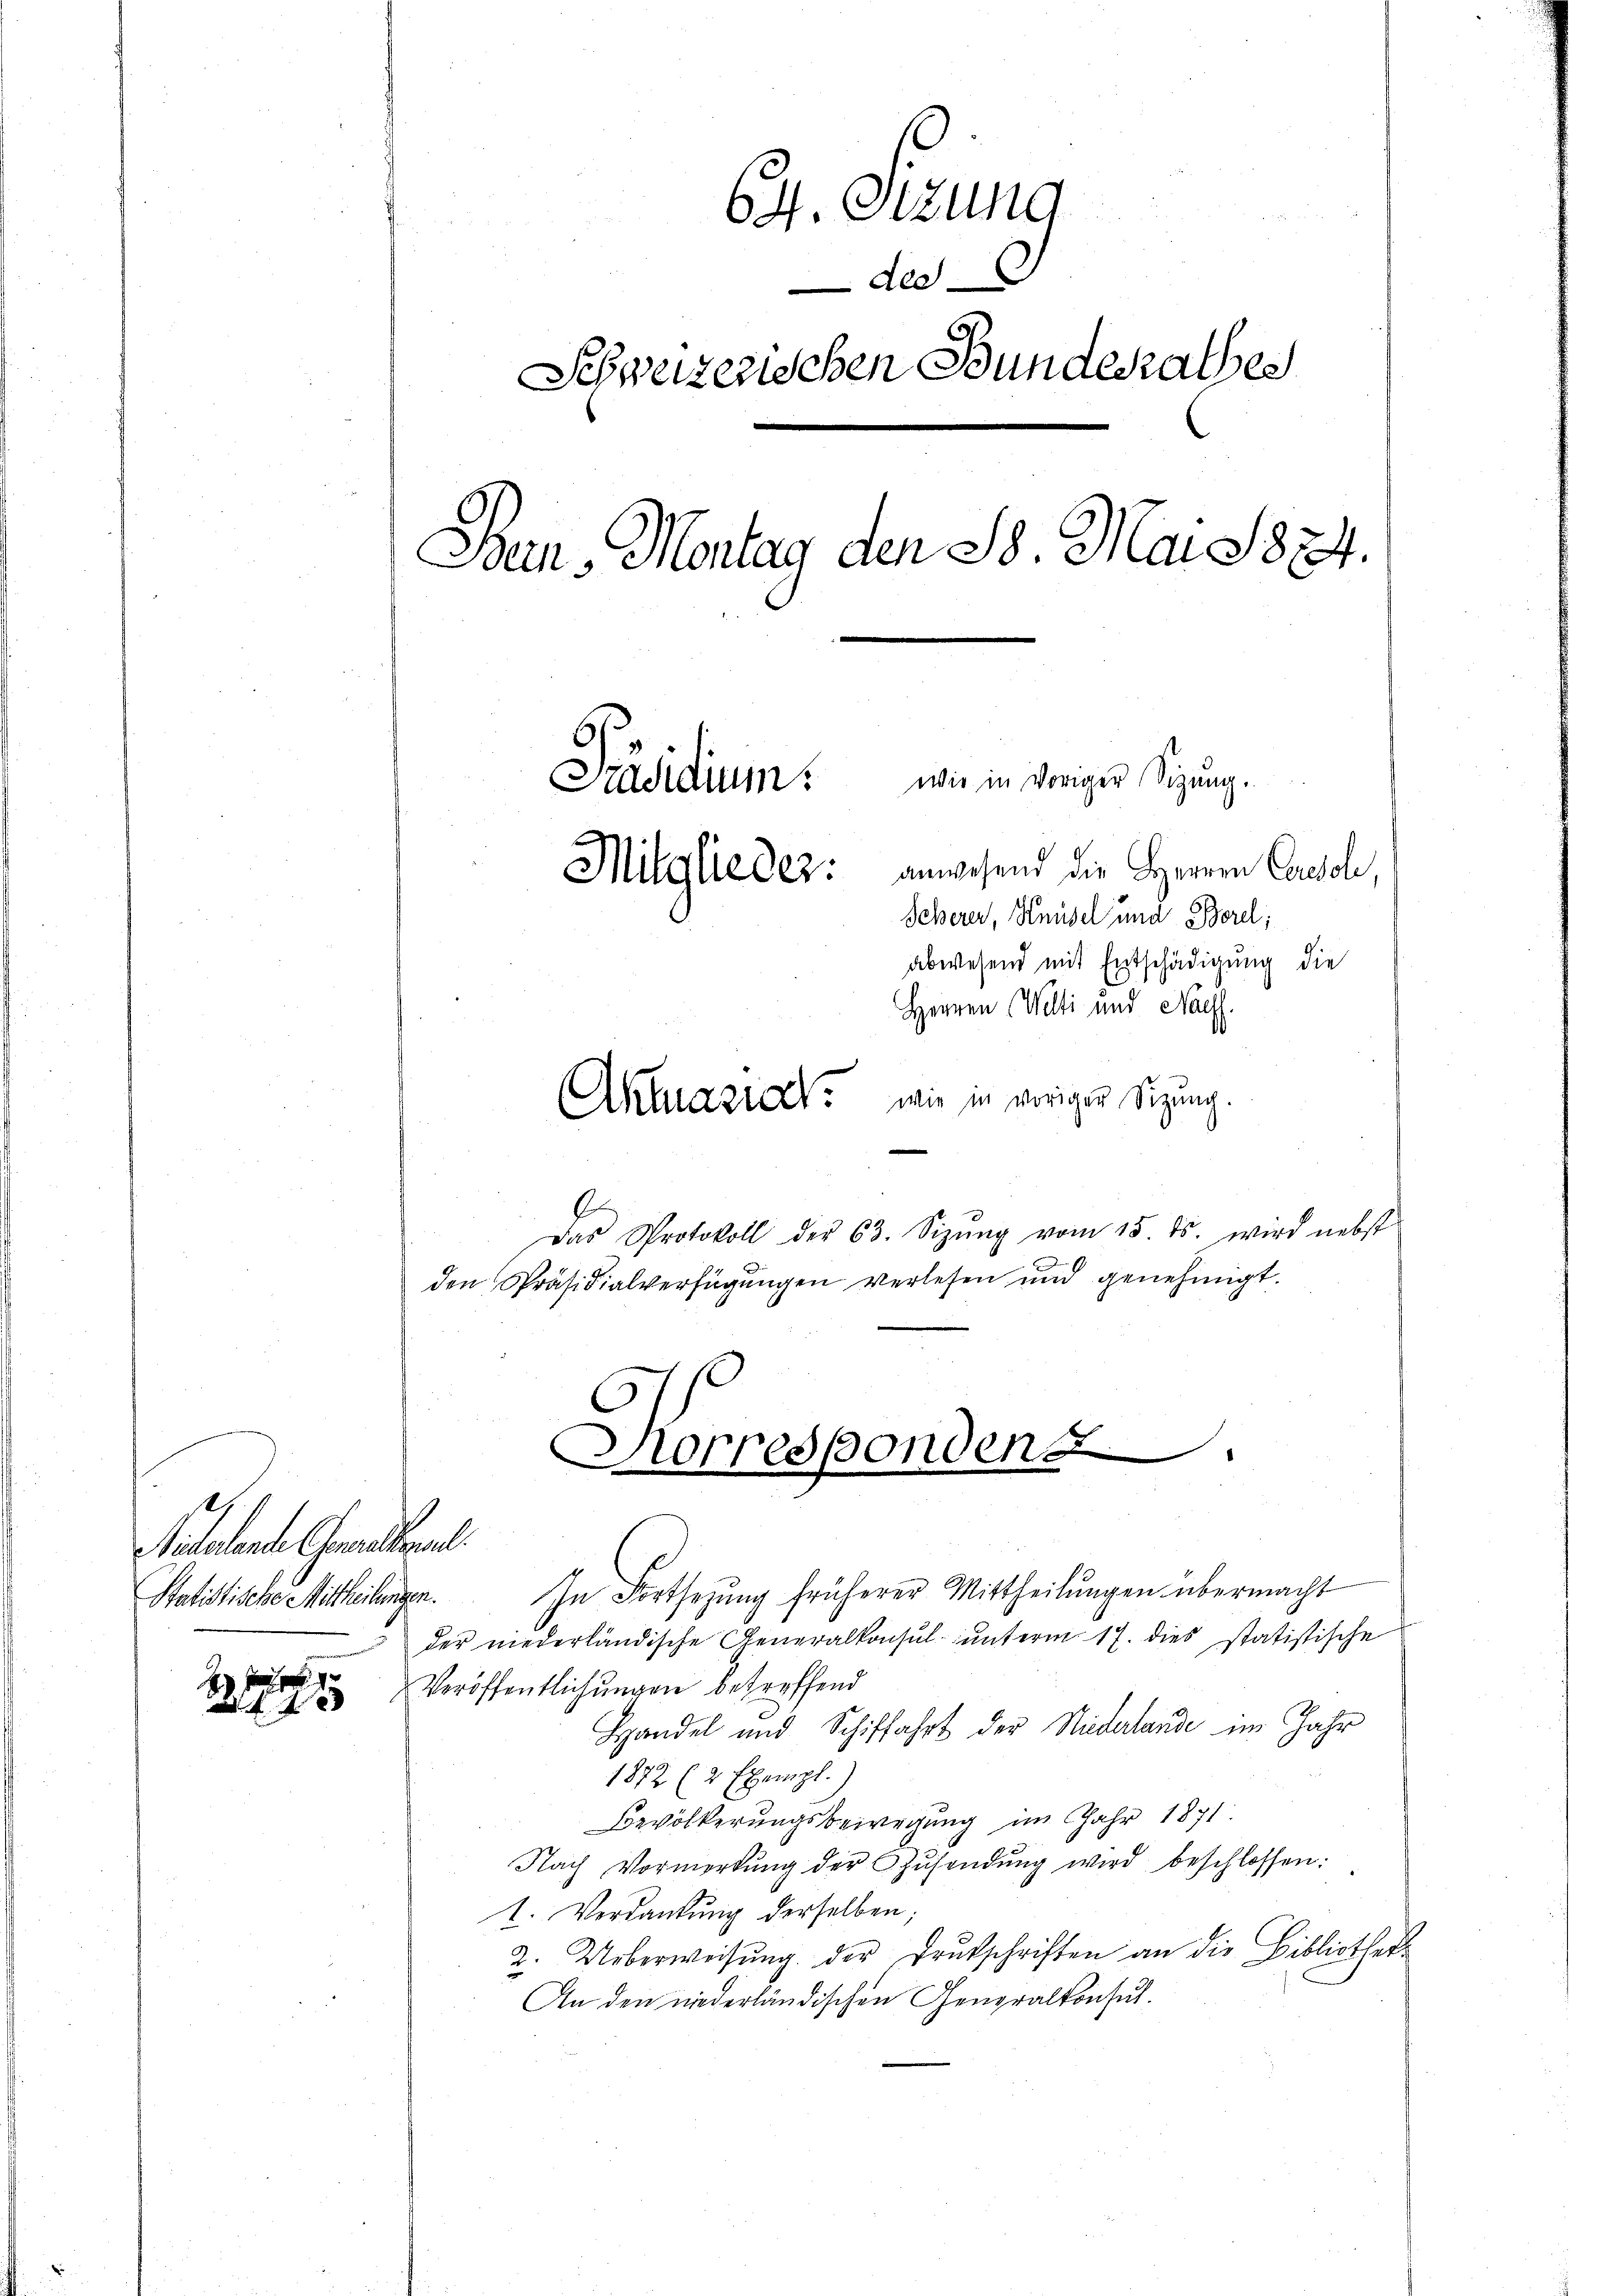
f

64. Sizung
de
Schweizerischen Bundesrathes
Ban, Montag den St. Mai 1874.
wie in voriger Sizung.
Präsidium.
Mitglieder: anwesend die Herren Consol,
Scherer, Knüsel und Bord;
abwesend mit Entschädigung die
Herren Welti und Nach
Akluazi wie in vorigen Sitzung.

Totalante Cantonal
Statistische Mittheilungen.

g
Das Protokoll der 63. Sizŭng vom 15. ds. wird nebst
den Präsidialverfügungen verlesen und genehmigt.

Korresponden

.

In Fortsezung früherer Mittheilungen übermacht
der niederländische Generalkonsul- unterm 17. dies statistische
Veröffentlichungen betreffend
Handel und Schiffahrt der Niedelande im Jahr
1872 (2 Exempl.)
Bevölkerungsbewegung im Jahr 1871
Nach Vormerkŭng der Zŭsendŭng wird beschlossen:
1. Verdankŭng derselben;
2. Ueberweisŭng der Drukschriften an die Bibliothek
An den niederländischen Generalkonsut.